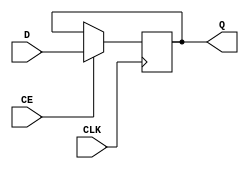
// 4-bit register used in Stump design
//
// Original design J Pepper
//

module Stump_reg4bit  (input wire CLK,
			           input wire CE,
			           input wire [3:0] D,
			           output reg [3:0] Q);

// Simple 4-bit register. On rising edge of clock the value of Q is updated
// to the value of D
			
always @(posedge CLK)       // sequential design
if (CE == 1)
  Q <= D;                   // will reuslt in a register being implemented to
                            // hold the state of Q  
endmodule